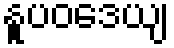
နူပဝဒေယျ